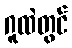
ဂူထဲတွင်